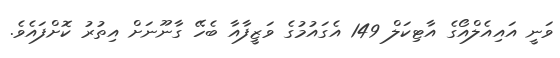
ވަނީ އައިއެލްއޯގެ އާޓިކަލް 149 އެގައުމުގެ ވަޒީފާއާ ބެހޭ ގާނޫނަށް އިތުރު ކޮށްފައެވެ.